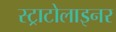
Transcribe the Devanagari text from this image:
स्ट्राटोलाइनर